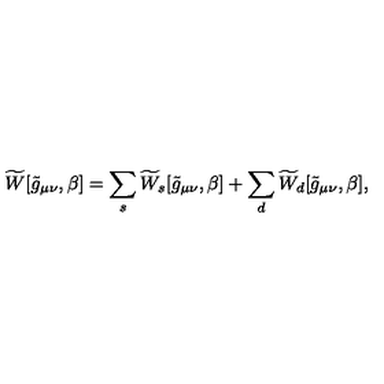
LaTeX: \widetilde { W } [ \tilde { g } _ { \mu \nu } , \beta ] = \sum _ { s } \widetilde { W } _ { s } [ \tilde { g } _ { \mu \nu } , \beta ] + \sum _ { d } \widetilde { W } _ { d } [ \tilde { g } _ { \mu \nu } , \beta ] ,